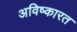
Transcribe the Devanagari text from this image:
अविष्कारत